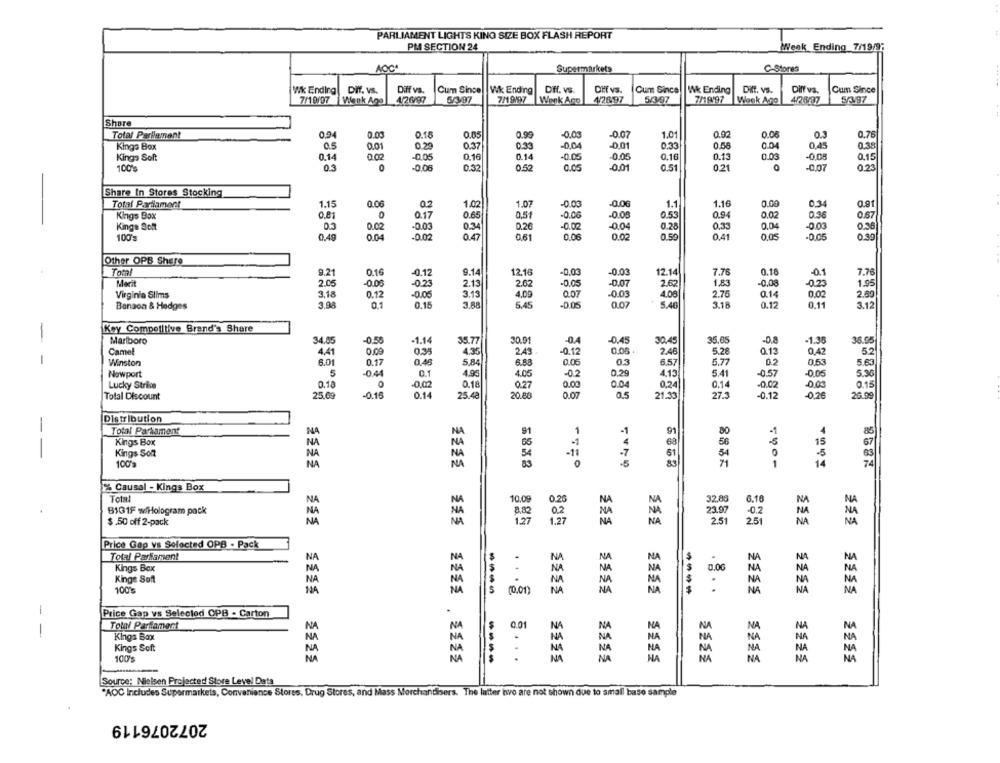
PARLIAMENT LIGHTS KING SIZE BOX FLASH REPORT
PM SECTION 24
Week Ending 7/19/9;
AOC.
Supermarkets
C-Stores
Wk Ending | Diff. vs.
Diff vs.
Cum Since
Wk Ending
Dff. VS.
Diff vs.
Cum Since
Wk Ending
DIft. vs.
Diff vs.
Cum Since
7/19107
426/97
5/3/97
7/19/97
Wank Ano
4/2697
5/997
7/1997
Week Ago
4/28/97
5/97
Wienk Ago
Share
Total Parlament
0.00
0.18
0.05
0.99
-0,00
-0.07
1.01
0.00
0.08
0.3
0.76
Kings Box
05
0.01
0.29
0.37
0.33
-0,04
-0.01
0.33
0.58
0.04
0.45
0.38
Kings Soft
0.14
0.02
-0.05
0.16
0.14
-0.05
0.05
0.16
0.13
0.03
-0.05
0.15
100%
0.5
0
-0.06
0.32
0.52
0.05
-0.01
0.51
0.21
-0.07
0.23
Share In Stores Stocking
Total Parliament
1.15
0.06
02
1.02
1.07
-0.03
-0.06
1.1
1.16
0.00
0,34
0.81
0.81
0
0.65
0.51
-0.06
-0.05
0.53
0.94
0.02
0.36
Kings Box
0.17
0.67
Kings Sof
0.02
.0.03
0.34
0.26
-0.02
-0.04
0.28
0,33
0,04
0.03
0.36
100's
0.49
0.04
-0.02
0.47
0.61
0.06
0.02
0.50
0.41
0.05
-0.05
0.39
Other OPB Shere
Tom
9.21
0.16
-0.12
9.14
12.16
-0.03
-0.03
12.14
7.76
0.18
-0.1
7.78
Merit
2.05
-0.00
-0.23
2.13
2.62
-0.05
-0.07
2.62
1.83
-0,08
-0.23
1.95
Virginia Slims
3.18
0.12
-0.05
3.13
4.09
0.07
-0.03
4.08
2.75
0.14
0.02
2.89
Benson & Hedges
3.99
0,1
0.15
3.88
5.45
-0.05
0.07
5.46
3.18
0.12
0.11
3.12
Key Competitive Brand's Share
-
Marlboro
34.05
-0.55
-1.14
35.77
30.91
-0.4
-0,45
30.45
35.65
-1.38
36.05
Camel
4.41
0.00
0.35
2.43
-0.12
0.08
2.46
5.28
0.12
0,42
5.2
4.35
-
Winston
6.01
0.17
5.84
0.06
03
6.57
5.77
0.2
0,53
5.63
Newport
-0.44
4.95
4.05
-0.2
0.29
4,13
5.41
-0.57
-0.05
5.30
Lucky Strike
0.18
O
-0.02
0.18
0.27
0.00
0.04
0,24
0.14
-0.02
-0.03
0.15
Total Discount
25.69
-0.16
0.14
25.48
20.88
0.07
0.5
21.33
27.3
-0.12
-0.26
26.99
Distribution
-
Total Parlament
NA
NA
91
91
80
.1
85
Kings Box
NA
-1
68
15
63
Kings Soft
NA
NA
54
51
54
5
100'a
NA
NA
14
% Causal - Kings Box
Total
NA
NA
10.09
0.25
NA
32,80
6.10
NA
B1G1F w/Hologram pack
23.97
.0.2
$ 50 off 2-pack
805
NA
2.5
2.51
2220
NA
Price Gap vs Selected OPB - Pack
Total Parlament
NA
NA
.
N
N
NA
NA
S
NA
Kings Box
NA
NA
0.00
NA
NA
Kinge Soft
NA
.
NA
NA
NA
NA
NA
100%
NA
NA
(0.01)
NA
----
NA
.
-
Price Gap vs Selected OPB - Carton
Total Partament
0.01
N
NA
NA
-
NA
NA
NA
NA
NA
NA
NA
NA
NA
Kings Box
Kings Soft
NA
NA
NA
NA
NA
100's
----
NA
NA
Source; Nielsen Projected Store Level Data
"AOC Includes Supermarkets, Convenience Stores, Drug Stores, and Mass Merchandisers. The latter hvo are not shown due to amall baso sample
2072076119